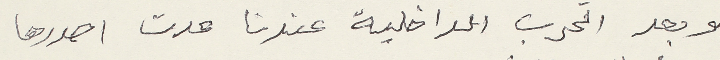
وبعد الحرب الداخلية عندنا عدت اصدرها